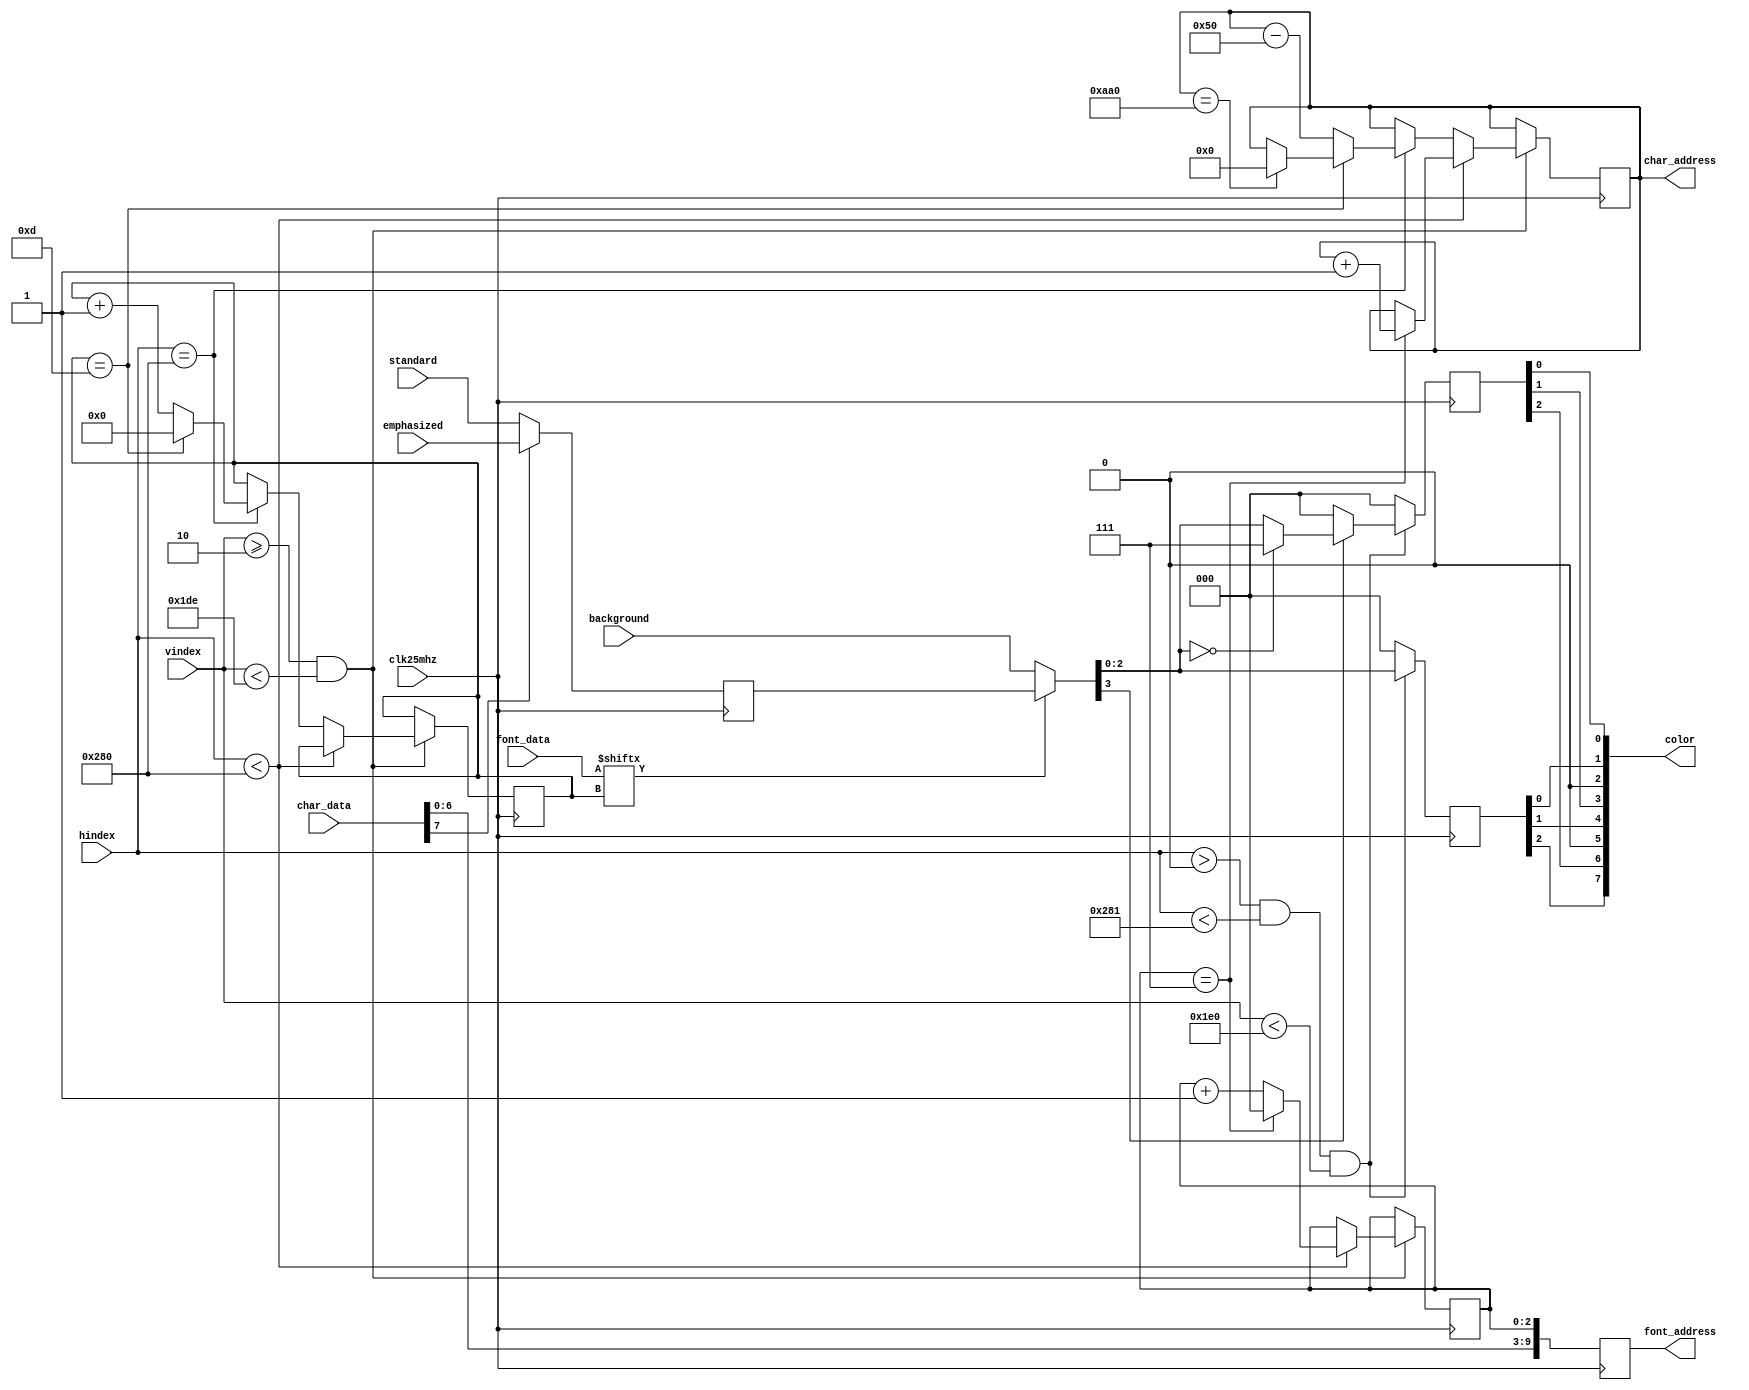
module vga_text(
	clk25mhz,
	hindex,
	vindex,
	standard,
	emphasized,
	background,
	char_data,
	font_data,
	char_address,
	font_address,
	color
);

// Inputs

input wire clk25mhz;
input wire[9:0] hindex;
input wire[9:0] vindex;
input wire[13:0] font_data;
input wire[7:0] char_data;
input wire[3:0] standard;
input wire[3:0] emphasized;
input wire[3:0] background;

// Outputs

output wire[7:0] color;
output reg[9:0] font_address;
output reg[11:0] char_address = 12'b000000000000; // 0-3199

// State

reg[2:0] char_col = 3'b000; // 0-7, the column within a character
reg[3:0] char_row = 4'b0000; // 0-11, the row within a character
reg[2:0] dark = 3'b000;
reg[2:0] bright = 3'b000;
reg[3:0] foreground;

// Interconnect

wire[3:0] pixel_color;

// Combinational

assign color[7] = dark[2];
assign color[6] = bright[2];
assign color[5] = 0;
assign color[4] = dark[1];
assign color[3] = bright[1];
assign color[2] = 0;
assign color[1] = dark[0];
assign color[0] = bright[0];
assign pixel_color = (font_data[char_row] == 1) ? foreground : background;

// Process

always @ (posedge clk25mhz) begin: char_addressing
	if(vindex >= 2 && vindex < 478) begin
		if(hindex < 640) begin
			// pixels 0-639, increment character index normally
			if(char_col == 7) begin
				char_col <= 0;
				char_address <= char_address + 1;
			end else begin
				char_col <= char_col + 1;
			end
		end else if(hindex == 640) begin
			if(char_row == 13) begin
				// Last row, character was already incremented
				char_row <= 0;
				if(char_address == 2720) begin
					char_address <= 0;
				end
			end else begin
				// Not last row, move back to first char in line
				char_row <= char_row + 1;
				char_address <= char_address - 80;
			end
		end
	end
end

always @ (posedge clk25mhz) begin: font_addressing
	font_address <= {char_data[6:0], char_col};
	foreground <= (char_data[7] == 1) ? emphasized : standard;
end

always @ (posedge clk25mhz) begin: indexes
	if(hindex > 0 && hindex < 641 && vindex < 480) begin
		dark <= pixel_color[2:0];
		if(pixel_color[3] == 1) begin
			if(pixel_color[2:0] == 0) begin
				// Special case for bright gray (1000)
				bright <= 3'b111; // (dark still 000)
			end else begin
				bright <= pixel_color[2:0];
			end
		end else begin
			bright <= 3'b000;
		end
	end else begin
		dark <= 3'b000;
		bright <= 3'b000;
	end
end

endmodule